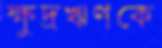
ক্ষুদ্রঋণকে